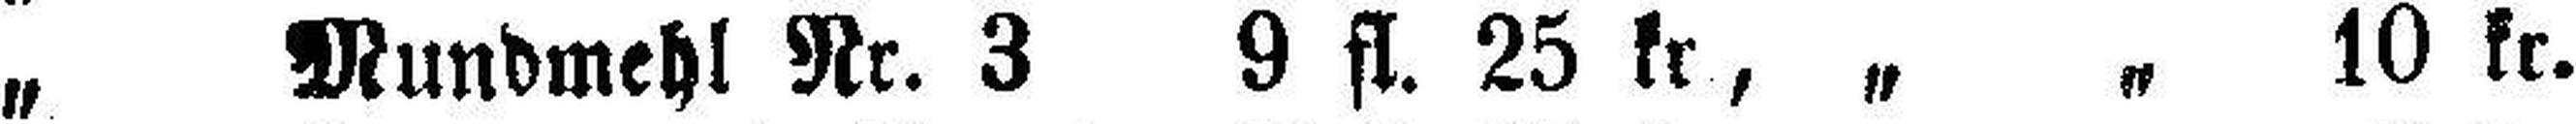
„ Mundmehl Nr. 3 9 fl. 25 kr, „ „ 10 kr.